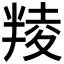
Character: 𠦻